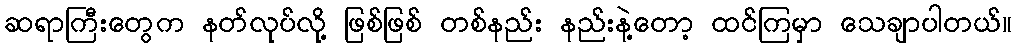
ဆရာကြီးတွေက နတ်လုပ်လို့ ဖြစ်ဖြစ် တစ်နည်း နည်းနဲ့တော့ ထင်ကြမှာ သေချာပါတယ်။